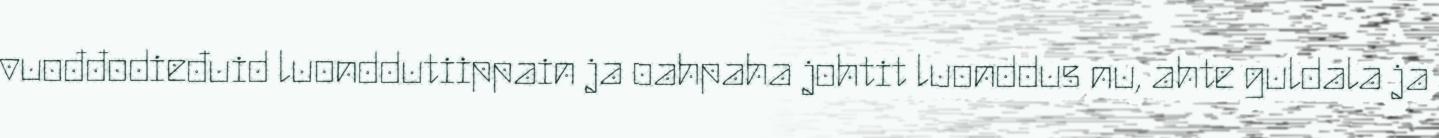
vuođđodieđuid luonddutiippain ja oahpaha johtit luonddus nu, ahte guldala ja